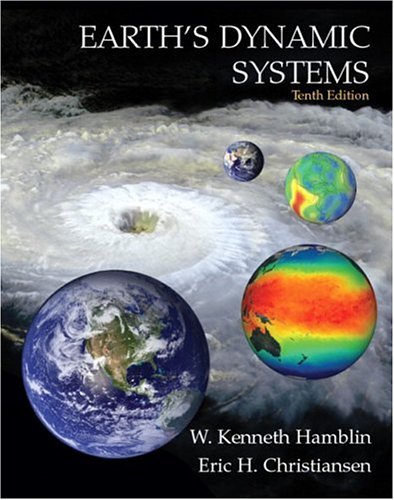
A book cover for Earth's Dynamic Systems (10th Edition); W. Kenneth Hamblin; Science & Math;